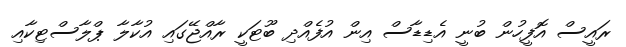
ރައީސް އޮފީހުން ބުނީ އެޑިޑާސް އިން އުފެއްދި ބޫޓަކީ ރާއްޖޭގައި އުކާލާ ޕްލާސްޓިކާއި